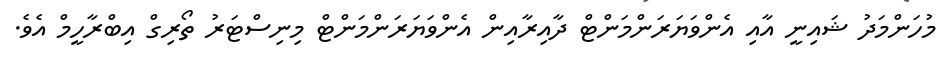
މުހަންމަދު ޝައިނީ އާއި އެންވަޔަރަންމަންޓް ދާއިރާއިން އެންވަޔަރަންމަންޓް މިނިސްޓަރު ތޯރިގް އިބްރާހީމް އެވެ.